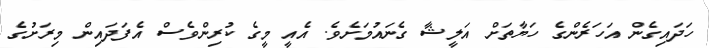
ހަދައިގެން އަހަރެންގެ ހަޔާތަށް އަލީޝާ ގެނައުމަށެވެ. އެއީ މީގެ ކުރިންވެސް އެފަދައިން މިރަށުގެ